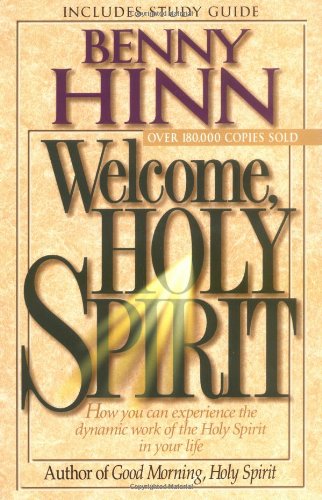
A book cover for Welcome, Holy Spirit: How You Can Experience The Dynamic Work Of The Holy Spirit In Your Life.; Benny Hinn; Christian Books & Bibles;